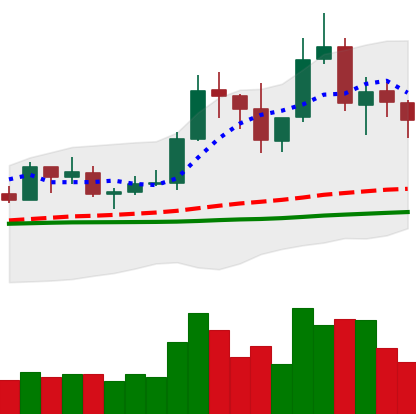
Ticker: TRX-USD
Chart end date: 2019-06-06
Forward return: -4.682%
Label: down_3_5